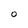
Character: O